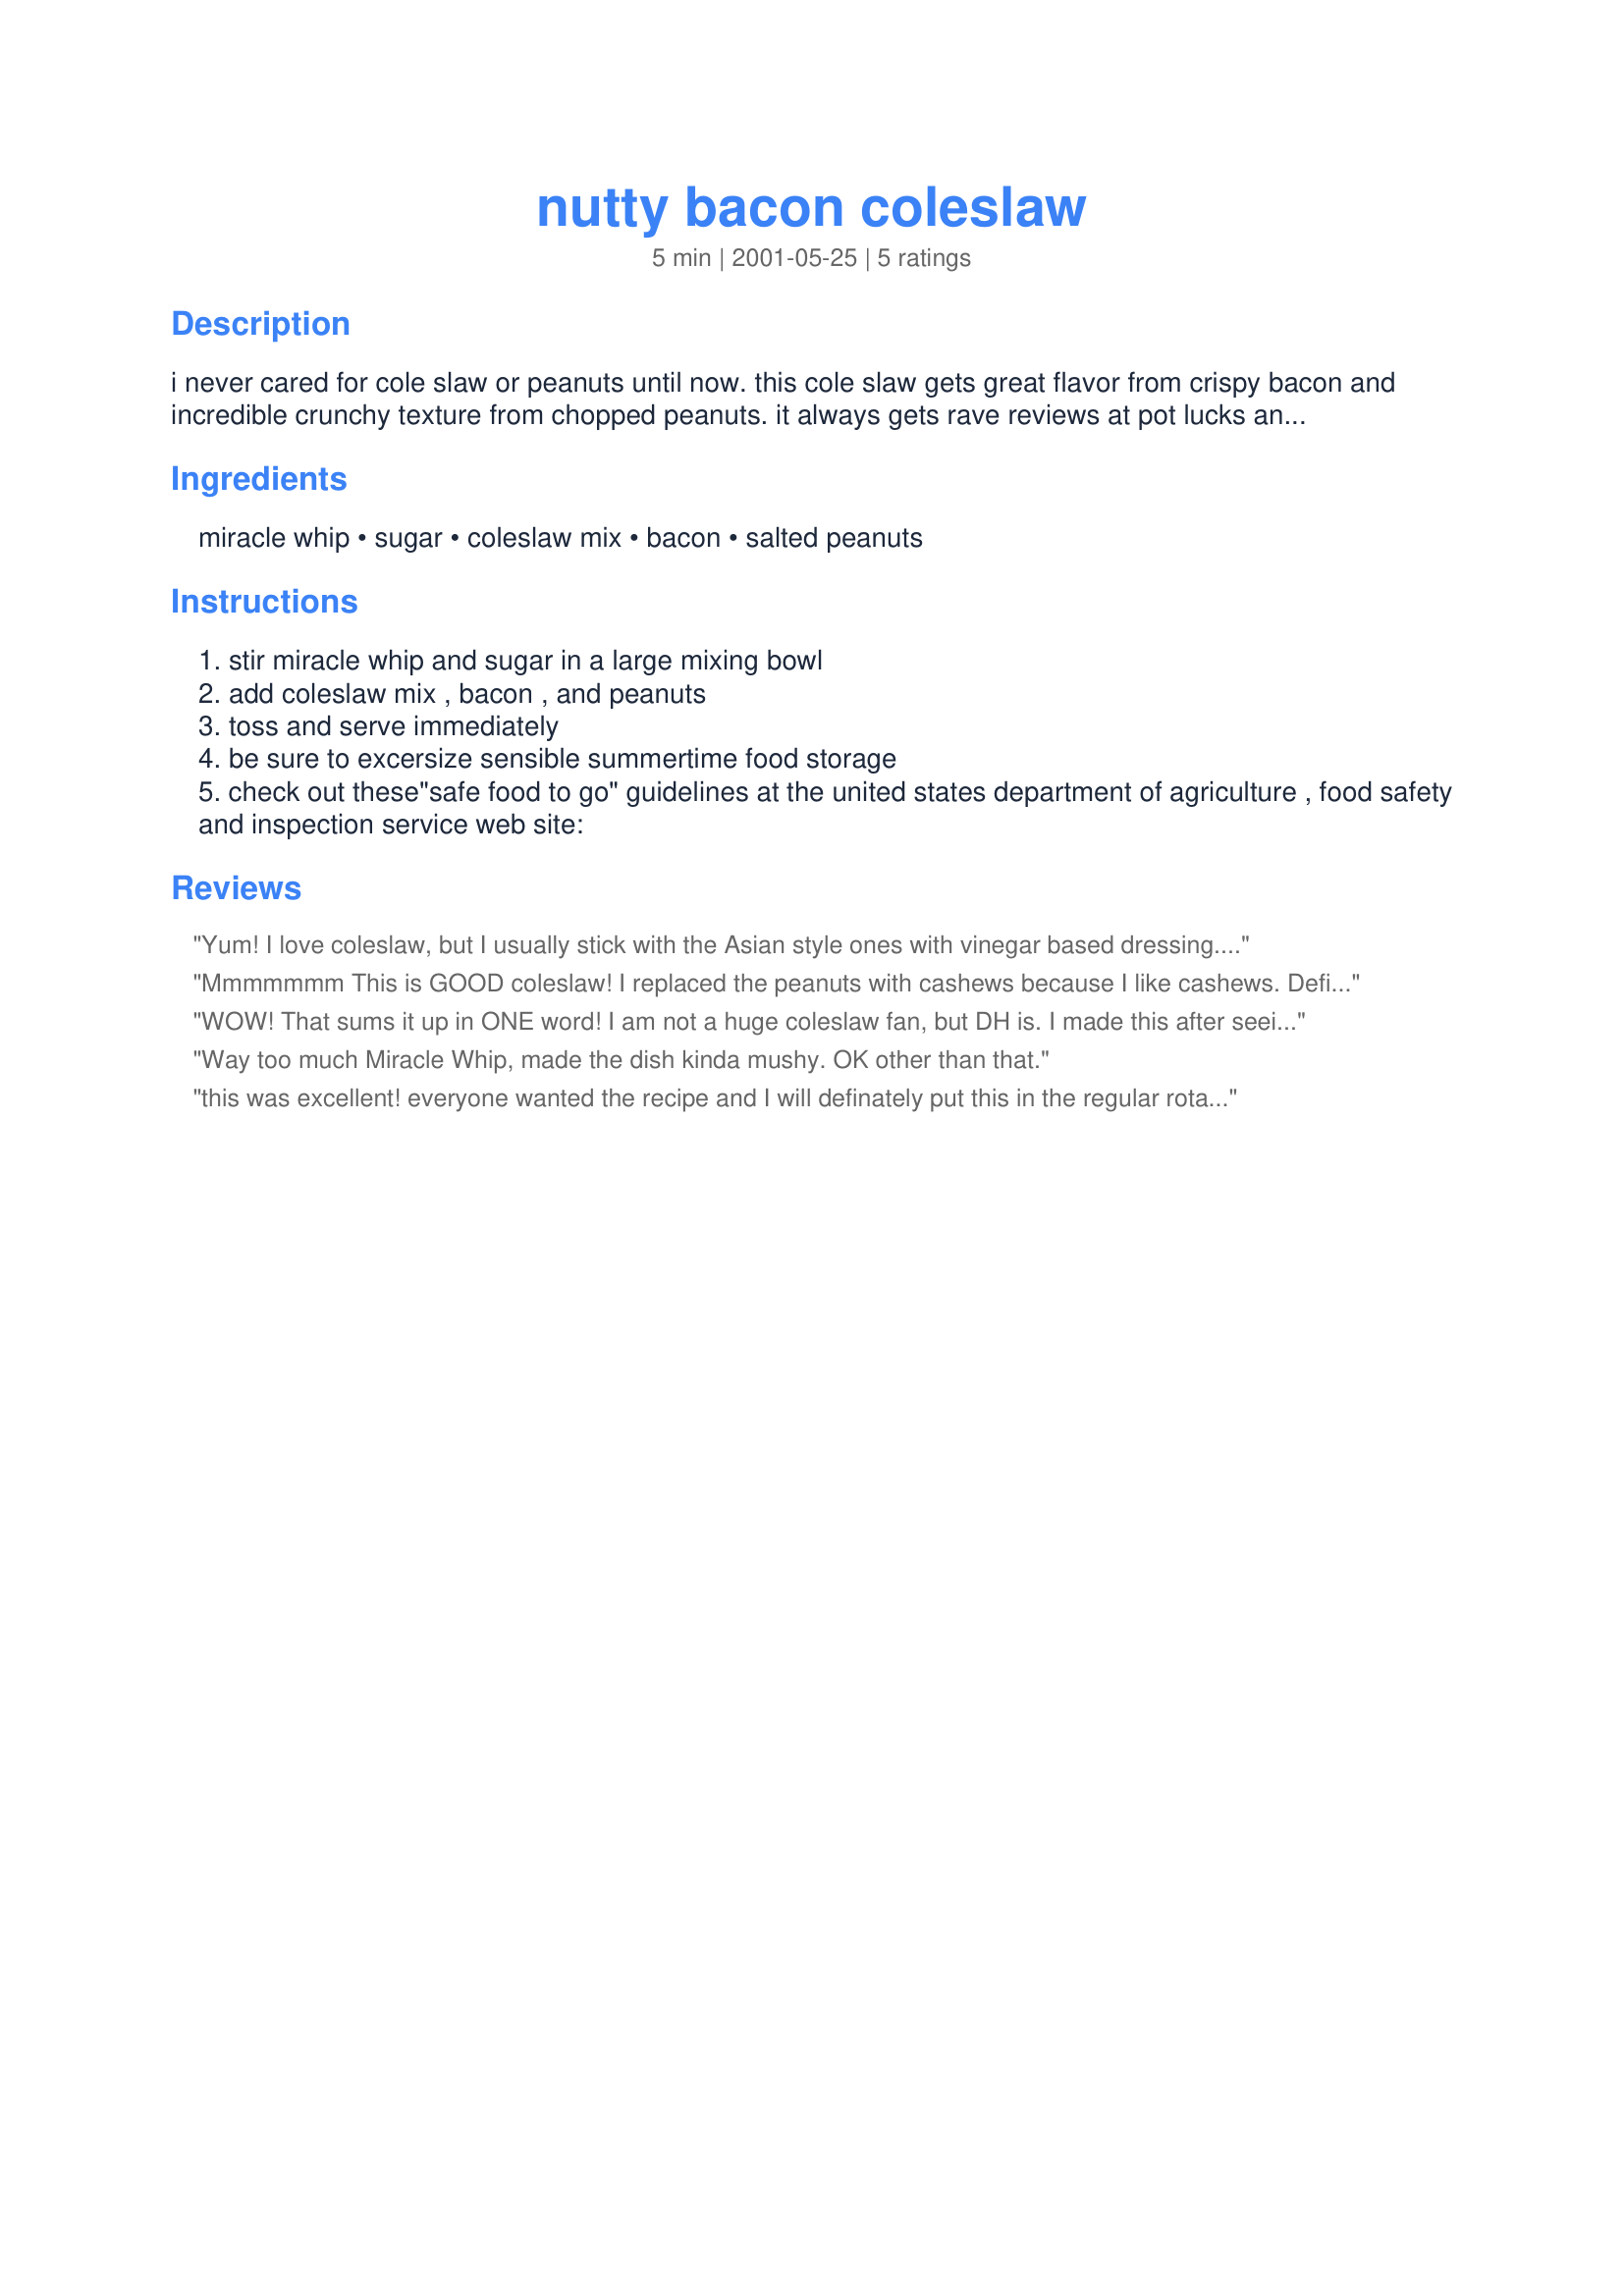
nutty bacon coleslaw
Preparation time: 5 minutes

i never cared for cole slaw or peanuts until now. this cole slaw gets great flavor from crispy bacon and incredible crunchy texture from chopped peanuts. it always gets rave reviews at pot lucks and picnics!

Ingredients:
miracle whip, sugar, coleslaw mix, bacon, salted peanuts

Steps:
stir miracle whip and sugar in a large mixing bowl
add coleslaw mix , bacon , and peanuts
toss and serve immediately
be sure to excersize sensible summertime food storage
check out these"safe food to go" guidelines at the united states department of agriculture , food safety and inspection service web site:

Reviews:
Yum! I love coleslaw, but I usually stick with the Asian style ones with vinegar based dressing. This has changed all of that. It was really really good. I made half a batch since it was just two of us and we finished it all! That is really saying a lot considering my BH nevr even touches the stuff. The only change I made was that I used honey roasted peanut since that is what I had on hand. Delicious!
Mmmmmmm This is GOOD coleslaw! I replaced the peanuts with cashews because I like cashews. Definately will make this one again!
WOW! That sums it up in ONE word! I am not a huge coleslaw fan, but DH is. I made this after seeing it here - and WOW -it's a FIVE-star keeper!

Thanks so much for posting this!
Way too much Miracle Whip, made the dish kinda mushy. OK other than that.
this was excellent! everyone wanted the recipe and I will definately put this in the regular rotation! It was great
